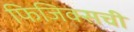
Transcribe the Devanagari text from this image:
फिजिक्सची